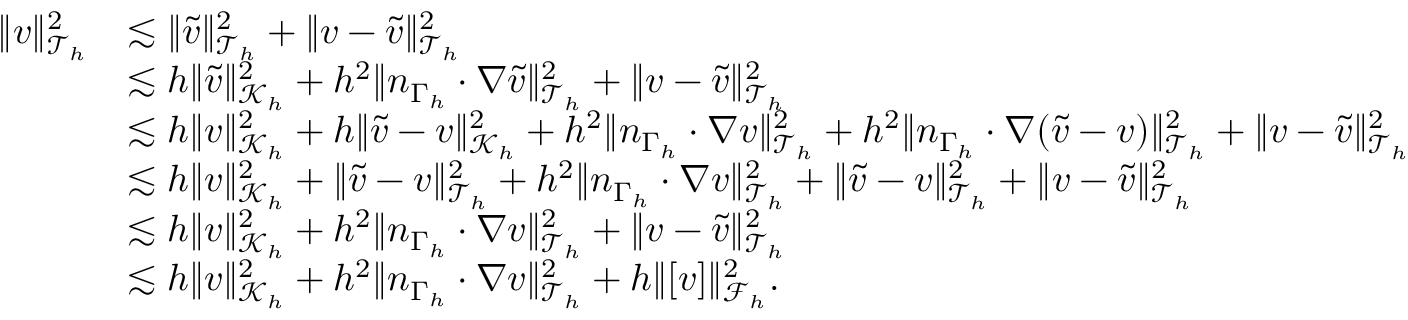
\begin{array} { r l } { \| v \| _ { \mathcal { T } _ { h } } ^ { 2 } } & { \lesssim \| \widetilde { v } \| _ { \mathcal { T } _ { h } } ^ { 2 } + \| v - \widetilde { v } \| _ { \mathcal { T } _ { h } } ^ { 2 } } \\ & { \lesssim h \| \widetilde { v } \| _ { \mathcal { K } _ { h } } ^ { 2 } + h ^ { 2 } \| n _ { \Gamma _ { h } } \cdot \nabla \widetilde { v } \| _ { \mathcal { T } _ { h } } ^ { 2 } + \| v - \widetilde { v } \| _ { \mathcal { T } _ { h } } ^ { 2 } } \\ & { \lesssim h \| v \| _ { \mathcal { K } _ { h } } ^ { 2 } + h \| \widetilde { v } - v \| _ { \mathcal { K } _ { h } } ^ { 2 } + h ^ { 2 } \| n _ { \Gamma _ { h } } \cdot \nabla v \| _ { \mathcal { T } _ { h } } ^ { 2 } + h ^ { 2 } \| n _ { \Gamma _ { h } } \cdot \nabla ( \widetilde { v } - v ) \| _ { \mathcal { T } _ { h } } ^ { 2 } + \| v - \widetilde { v } \| _ { \mathcal { T } _ { h } } ^ { 2 } } \\ & { \lesssim h \| v \| _ { \mathcal { K } _ { h } } ^ { 2 } + \| \widetilde { v } - v \| _ { \mathcal { T } _ { h } } ^ { 2 } + h ^ { 2 } \| n _ { \Gamma _ { h } } \cdot \nabla v \| _ { \mathcal { T } _ { h } } ^ { 2 } + \| \widetilde { v } - v \| _ { \mathcal { T } _ { h } } ^ { 2 } + \| v - \widetilde { v } \| _ { \mathcal { T } _ { h } } ^ { 2 } } \\ & { \lesssim h \| v \| _ { \mathcal { K } _ { h } } ^ { 2 } + h ^ { 2 } \| n _ { \Gamma _ { h } } \cdot \nabla v \| _ { \mathcal { T } _ { h } } ^ { 2 } + \| v - \widetilde v \| _ { \mathcal { T } _ { h } } ^ { 2 } } \\ & { \lesssim h \| v \| _ { \mathcal { K } _ { h } } ^ { 2 } + h ^ { 2 } \| n _ { \Gamma _ { h } } \cdot \nabla v \| _ { \mathcal { T } _ { h } } ^ { 2 } + h \| [ v ] \| _ { \mathcal { F } _ { h } } ^ { 2 } . } \end{array}